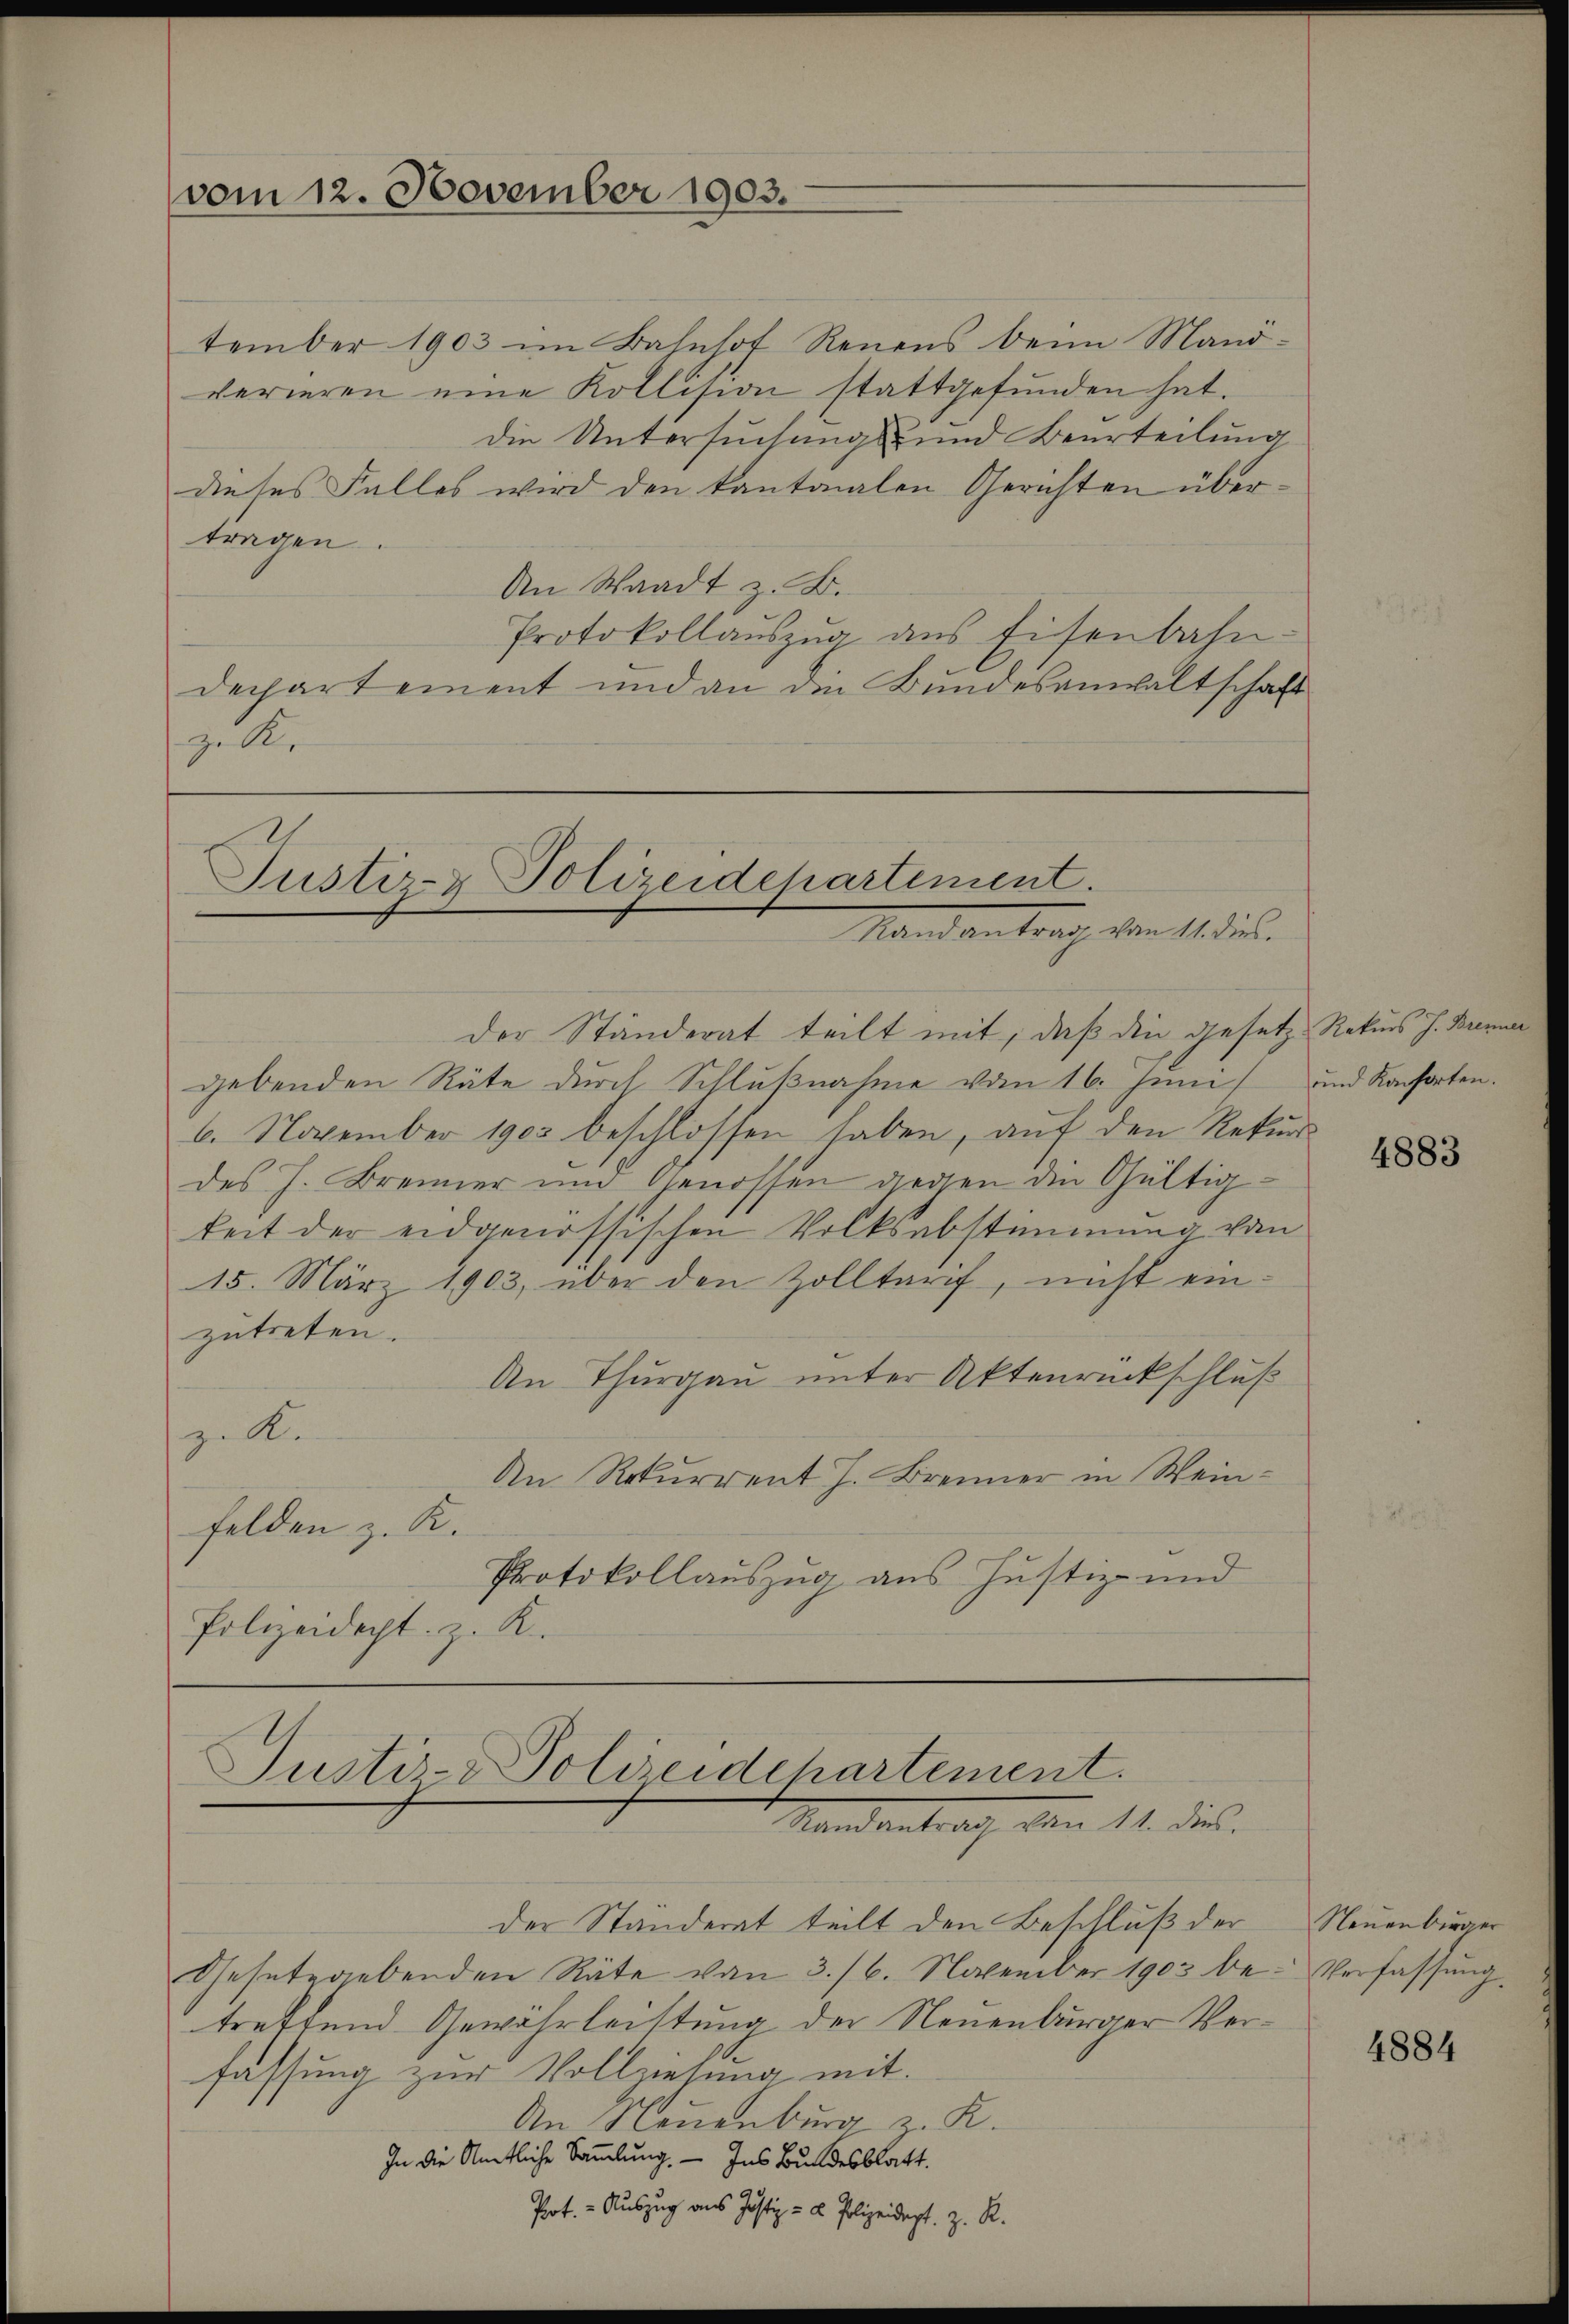
vom 12. November 1903.

Justiz- & Polizeidchartement.
Mandantrag von 11. u.

Justiz-Polizeidchartement.
Randantrag den 11. des

tember 1903 im Bahnhof Renens beim Mand-
verieren eine Kollision stattgefŭnden hat.
die Untersuchungs- und Beurteilung
dieses Falles wird den kantonalen Gerichten übertragen.
An Waadt z. B.
Protokollaŭszŭg ans Eisenbahn-
dechartement und an die Bundesanwaltschaft
ze Kr

der Ständerat teilt mit, daß die Gesetz Rekurs H. Brenn
gebenden Räte durch Schlußnahme vom 16. Juni und Kachorten.
6. November 1903 beschlossen haben, auf den Rekurdes H. Brenner um Genossen gegen die Gültigkeit der eidgenössischen Volksabstimmung vom
15. März 1903, über den Zolltarif, nicht einzutreten.
An Thurgau unter Aktenrückschluß
z. K.
An Rekurrent J. Brenner in Weinfelden z. K.
Protokollauszug aus Justiz- und
Polizeidept. z. R.

der Standerat teilt den Beschluß der Neuenburger
Gesetzgebenden Räte von 3./6. November 1903 be
treffend Gewährleistung der Neuenburger Befassung zur Vollziehung mit
An Neuenburg u R.
In die Amtliche Sammlung. — Ins Bundesblatt.
Poot. - Auszug aus Justiz- & Polizeidept. z. R.

t

4883

.Verfassung

4884